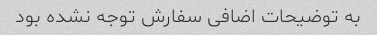
به توضیحات اضافی سفارش توجه نشده بود